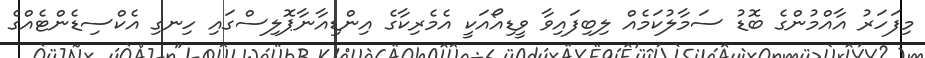
މިފަހަރު އާއްމުންގެ ބޮޑު ސަމާލުކަމެއް ލިބިފައިވާ ވީޑިއޯއަކީ އެމެރިކާގެ އިންޑިއާނާޕޮލިސްގައި ހިނގި އެކްސިޑެންޓެއްގެ